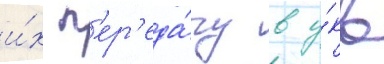
и́х п'ер'еда́чу в у́кв